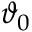
\vartheta _ { 0 }